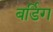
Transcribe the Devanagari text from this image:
बर्डिग